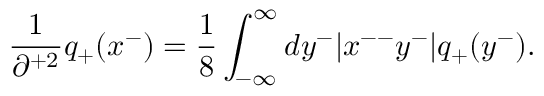
\frac { 1 } { \partial ^ { + 2 } } q _ { + } ( x ^ { - } ) = \frac { 1 } { 8 } \int _ { - \infty } ^ { \infty } d y ^ { - } | x ^ { -- } y ^ { - } | q _ { + } ( y ^ { - } ) .